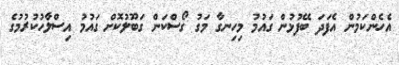
އެހެންކަމުން އެފަދަ ބޭފުޅުން ގައުމު މިހިނގާ މަގު ގޯސްކަން ގަބޫލުކޮށް ގައުމު އިސްލާހުކުރުމުގެ